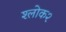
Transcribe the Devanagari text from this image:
श्लोक२